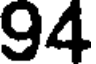
94